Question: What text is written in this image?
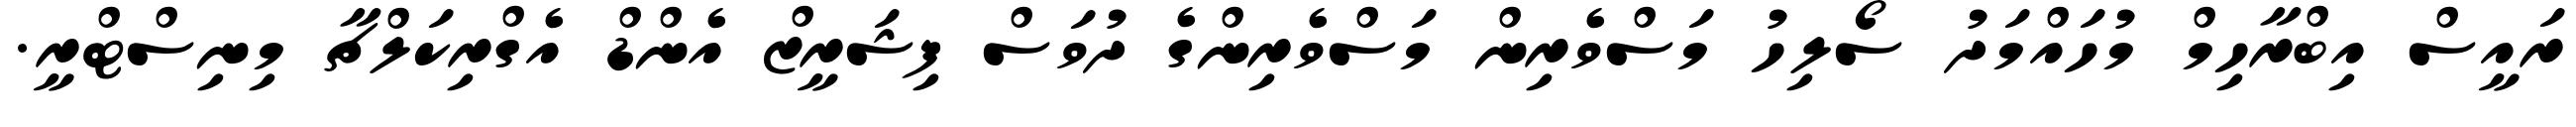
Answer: ރައީސް އިބްރާހިމް މުހައްމަދު ސޯލިހު މަސްވެރިން މަސްވެރިންގެ ދުވަސް ފިޝަރީޒް އެންޑް އެގްރިކަލްޗާ މިނިސްޓްރީ.